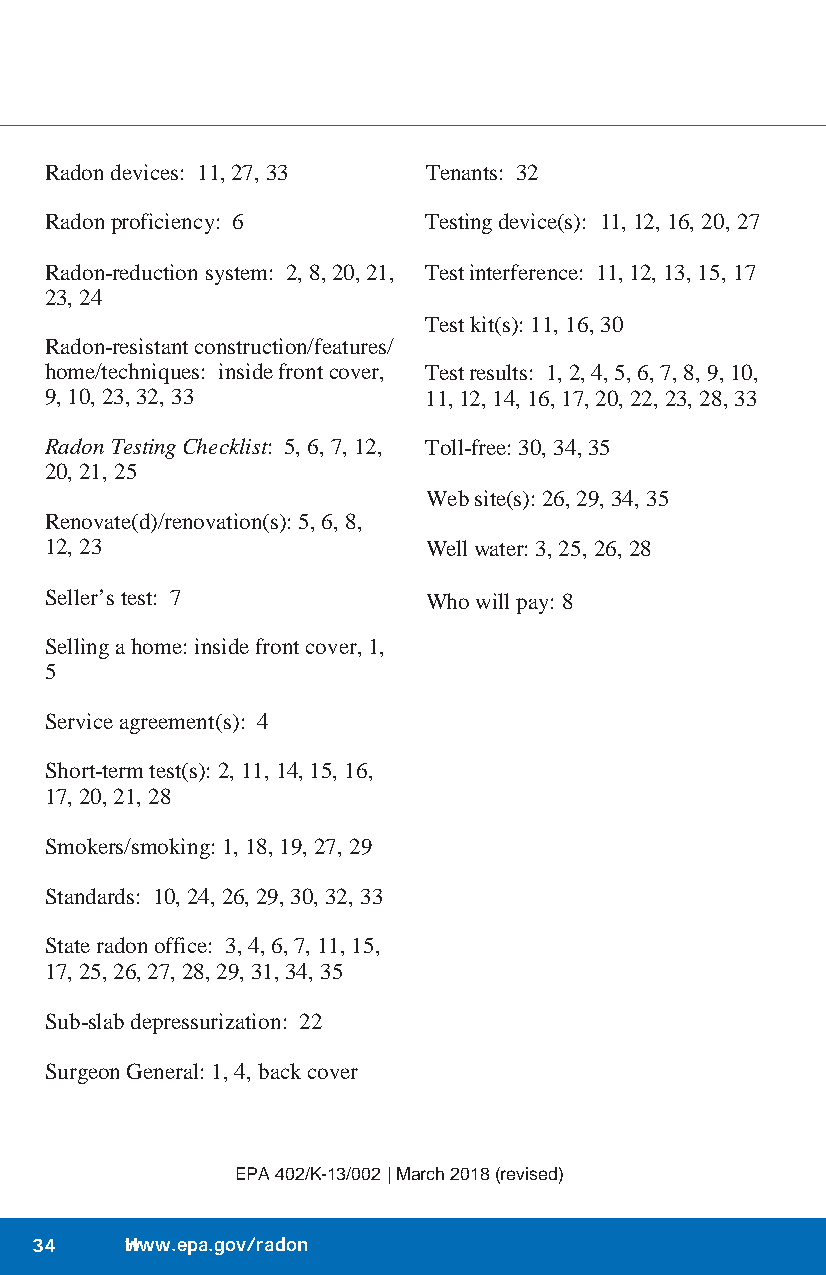
Radon devices: 11, 27, 33 Tenants: 32
 Radon proficiency: 6     Testing device(s): 11, 12, 16, 20, 27
 Radon-reduction system: 2, 8, 20, 21, Test interference: 11, 12, 13, 15, 17
 23, 24
 Test kit(s): 11, 16, 30
 Radon-resistant construction/features/
 home/techniques: inside front cover, Test results: 1, 2, 4, 5, 6, 7, 8, 9, 10,
 9, 10, 23, 32, 33        11, 12, 14, 16, 17, 20, 22, 23, 28, 33
 Radon Testing Checklist: 5, 6, 7, 12, Toll-free: 30, 34, 35
 20, 21, 25
 Web site(s): 26, 29, 34, 35
 Renovate(d)/renovation(s): 5, 6, 8,
 12, 23                   Well water: 3, 25, 26, 28
 Seller’s test: 7         Who will pay: 8
 Selling a home: inside front cover, 1,
 5
 Service agreement(s): 4
 Short-term test(s): 2, 11, 14, 15, 16,
 17, 20, 21, 28
 Smokers/smoking: 1, 18, 19, 27, 29
 Standards: 10, 24, 26, 29, 30, 32, 33
 State radon office: 3, 4, 6, 7, 11, 15,
 17, 25, 26, 27, 28, 29, 31, 34, 35
 Sub-slab depressurization: 22
 Surgeon General: 1, 4, back cover
 EPA 402/K-13/002 | March 2018 (revised)
 34    Hwww.epa.gov/radon